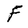
Character: F